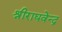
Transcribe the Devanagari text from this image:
श्रीराघवेन्द्र